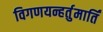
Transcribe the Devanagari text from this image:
विगणयन्हर्तुमार्तिं